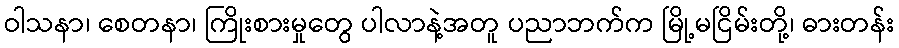
ဝါသနာ၊ စေတနာ၊ ကြိုးစားမှုတွေ ပါလာနဲ့အတူ ပညာဘက်က မြို့မငြိမ်းတို့၊ ဓားတန်း